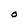
Character: O